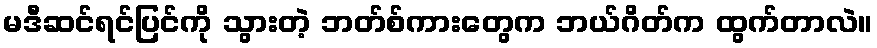
မဒီဆင်ရင်ပြင်ကို သွားတဲ့ ဘတ်စ်ကားတွေက ဘယ်ဂိတ်က ထွက်တာလဲ။